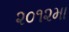
૨૦૧૨મા